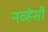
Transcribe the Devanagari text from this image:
नव्हेसी